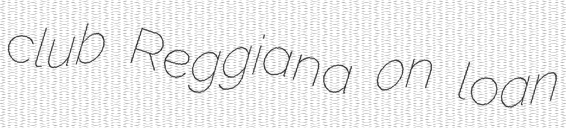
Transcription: club Reggiana on loan